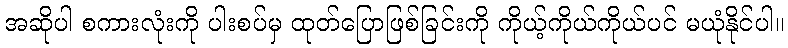
အဆိုပါ စကားလုံးကို ပါးစပ်မှ ထုတ်ပြောဖြစ်ခြင်းကို ကိုယ့်ကိုယ်ကိုယ်ပင် မယုံနိုင်ပါ။